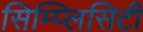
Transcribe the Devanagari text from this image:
सिम्प्लिसिटी